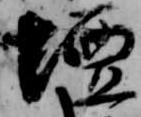
壇